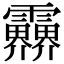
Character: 𩇁